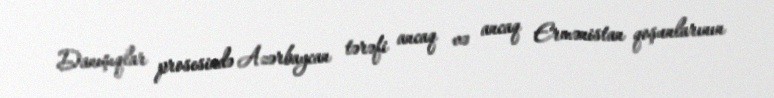
Danışıqlar prosesində Azərbaycan tərəfi ancaq və ancaq Ermənistan qoşunlarının